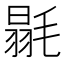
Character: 毾